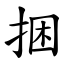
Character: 捆